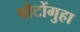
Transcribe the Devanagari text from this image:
पोटोंगुहा